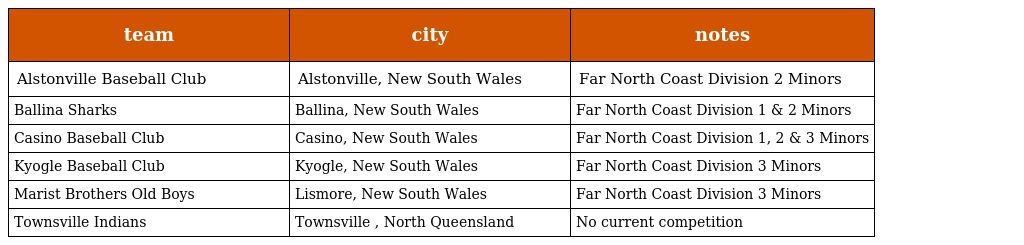
| team | city | notes |
 | --- | --- | --- |
 | Alstonville Baseball Club | Alstonville, New South Wales | Far North Coast Division 2 Minors |
 | Ballina Sharks | Ballina, New South Wales | Far North Coast Division 1 & 2 Minors |
 | Casino Baseball Club | Casino, New South Wales | Far North Coast Division 1, 2 & 3 Minors |
 | Kyogle Baseball Club | Kyogle, New South Wales | Far North Coast Division 3 Minors |
 | Marist Brothers Old Boys | Lismore, New South Wales | Far North Coast Division 3 Minors |
 | Townsville Indians | Townsville , North Queensland | No current competition |